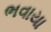
ભવાયા